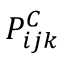
P _ { i j k } ^ { C }